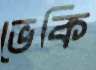
ভেকি